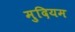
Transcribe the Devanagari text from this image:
मुदियम